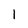
Character: 1